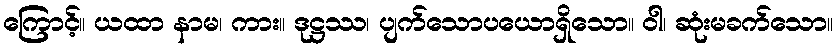
ကြောင့်။ ယထာ နာမ၊ ကား။ ဒုဋ္ဌဿ၊ ပျက်သောပယောရှိသော။ ဝါ၊ ဆုံးမခက်သော။